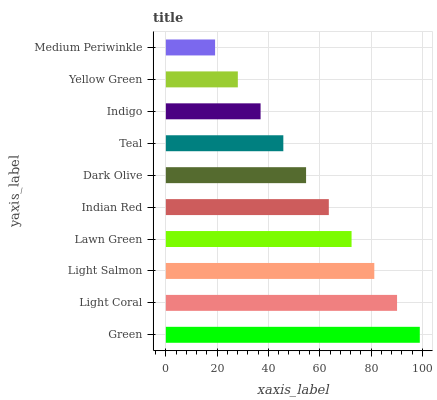
| yaxis_label | bars |
 | --- | --- |
 | Green | 99 |
 | Light Coral | 90.1 |
 | Light Salmon | 81.3 |
 | Lawn Green | 72.4 |
 | Indian Red | 63.5 |
 | Dark Olive | 54.7 |
 | Teal | 45.8 |
 | Indigo | 36.9 |
 | Yellow Green | 28.1 |
 | Medium Periwinkle | 19.2 |